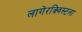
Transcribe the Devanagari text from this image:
लागेरक्विस्टला